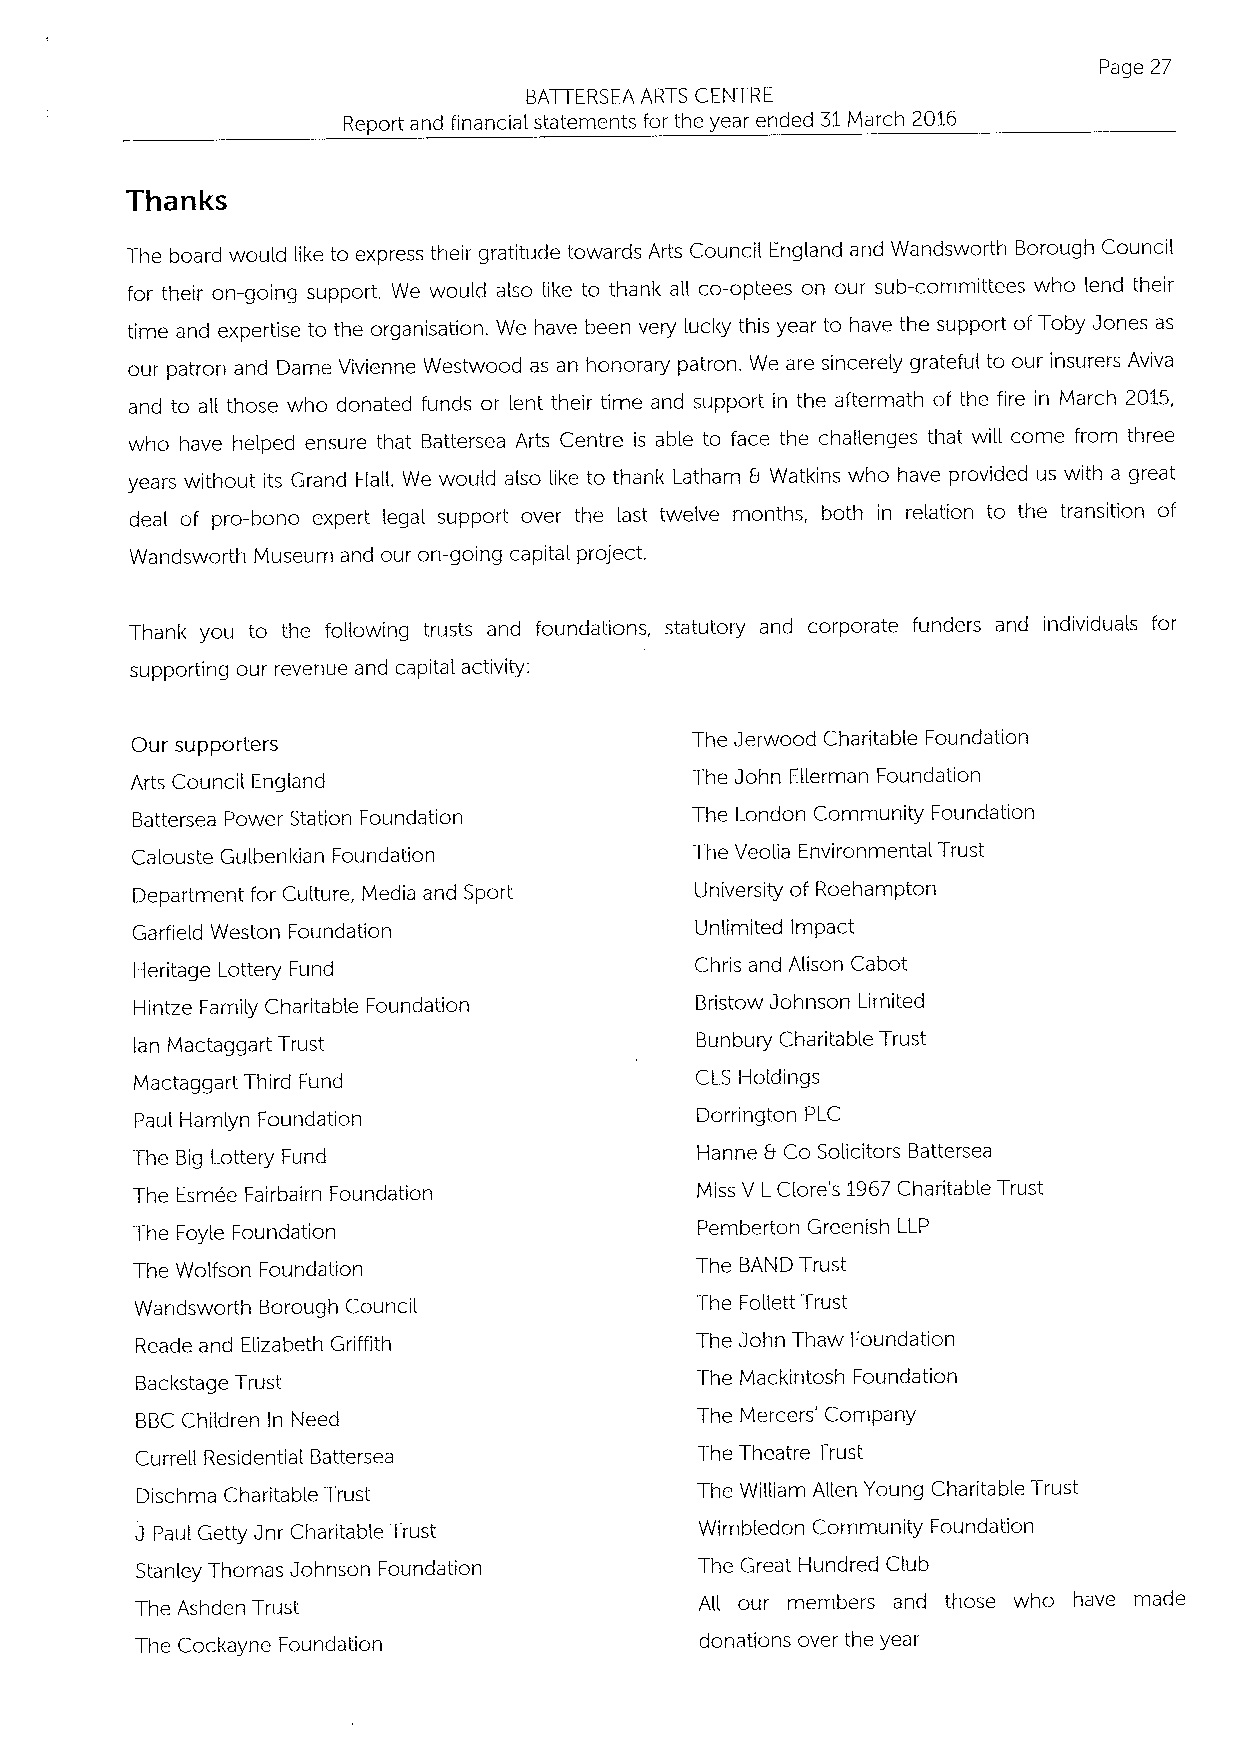
Page 27
 BATl ERSEA ARTS CENTRE
 Report and financial statements for the year ended 31March 2016
 Thanks
 The board would like to express their gratitude towards Arts Council England and Wandsworth Borough Council
 for their on-going support, We would also like to thank aII co-optees on our sub-committees who lend their
 time and expertise to the organisation. We have been very lucky this year to have the support ofToby Jones as
 our patron and Dame Vivienne Westwood as an honorary patron. We are sincerely grateful to our insurers Aviva
 and to aII those who donated funds or lent their time and support in the aftermath of the fire in March 2015,
 who have helped ensure that Battersea Arts Centre is able to face the challenges that will come from three
 years without its Grand Hall. We would also like to thank Latham 9 Watkins who have provided us with a great
 deal of pro-bono expert legal support over the last twelve months, both in relation to the transition of
 Wandsworth Museum and our on-going capital project.
 Thank you to the foHowing trusts and foundations, statutory and corporate funders and individuals for
 supporting our revenue and capital activity:
 Our supporters                       The Jerwood Charitable Foundation
 Arts Council England                 The John Ellerman Foundation
 Battersea Power Station Foundation   The London Community Foundation
 Calouste Gulbenkian Foundation       The Veolia Environmental Trust
 Department for Culture, Media and Sport University of Roehampton
 Garfield Weston Foundation           Unlimited Impact
 Heritage Lottery Fund                Chris and Alison Cabot
 Hintze Family Charitable Foundation  Bristow Johnson Limited
 lan Mactaggart Trust                 Bunbury Charitable Trust
 Mactaggart Third Fund                CLS Holdings
 Paul Hamlyn Foundation               Dorrington PLC
 The Big Lottery Fund                 Hanne 9Co Solicitors Battersea
 The Esmee Fairbairn Foundation       Miss V LClore's 1967Charitable Trust
 The Foyle Foundation                 Pemberton Greenish LLP
 The Wolfson Foundation               The BAND Trust
 Wandsworth Borough Council           The Follett Trust
 Reade and Elizabeth Griffith         The John Thaw Foundation
 Backstage Trust                      The Mackintosh Foundation
 BBCChildren ln Need                  The Mercers' Company
 Curreii Residential Battersea        The Theatre Trust
 Dischma Charitable Trust             The William Alien Young Charitable Trust
 J Paul Getty Jnr Charitable Trust    Wimbledon Community Foundation
 Stanley Thomas Johnson Foundation    The Great Hundred Club
 The Ashden Trust                     All our members and those who have made
 The Cockayne Foundation              donations over the year